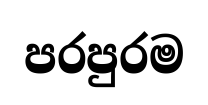
පරපුරම